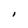
Character: I